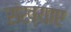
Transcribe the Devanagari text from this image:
संख्याए